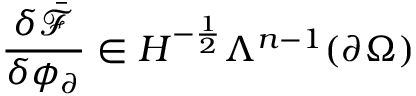
\frac { \delta \bar { \mathcal { F } } } { \delta \phi _ { \partial } } \in H ^ { - \frac { 1 } { 2 } } \Lambda ^ { n - 1 } ( \partial \Omega )